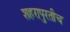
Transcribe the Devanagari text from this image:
शहरापुरतीच